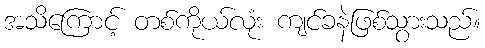
အသိကြောင့် တစ်ကိုယ်လုံး ကျင်ခနဲဖြစ်သွားသည်။